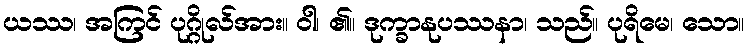
ယဿ၊ အကြင် ပုဂ္ဂိုလ်အား။ ဝါ၊ ၏။ ဒုက္ခာနုပဿနာ၊ သည်။ ပုရိမေ၊ သော။